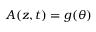
A ( z , t ) = g ( \theta )